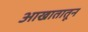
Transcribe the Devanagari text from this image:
आखातातून